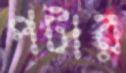
পটার